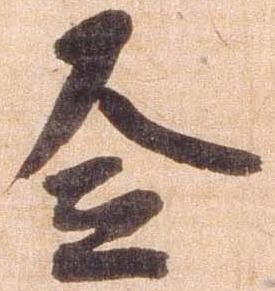
令